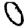
Digit: 0